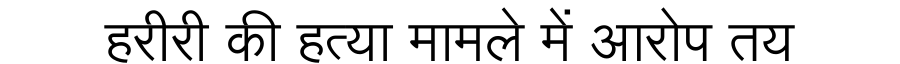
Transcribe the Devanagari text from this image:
हरीरी की हत्या मामले में आरोप तय